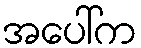
အပေါ်က